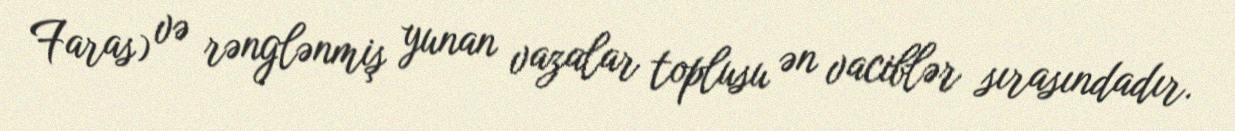
Faras) və rənglənmiş yunan vazalar toplusu ən vaciblər sırasındadır.